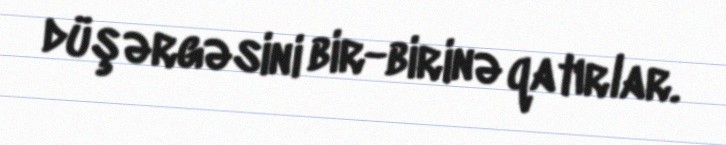
düşərgəsini bir-birinə qatırlar.